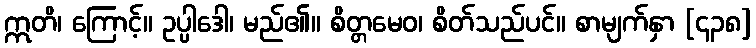
ဣတိ၊ ကြောင့်။ ဥပ္ပါဒေါ၊ မည်၏။ စိတ္တမေဝ၊ စိတ်သည်ပင်။ စာမျက်နှာ [၄၃၈]